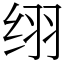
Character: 䌻